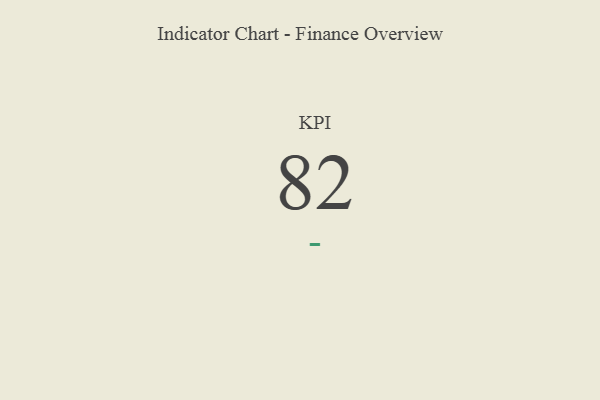
{"axis": {"x": "KPI", "y": "Value"}, "legend": [""], "data": [{"x": "KPI", "y": 82, "type": ""}]}